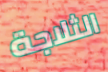
الثلاجة